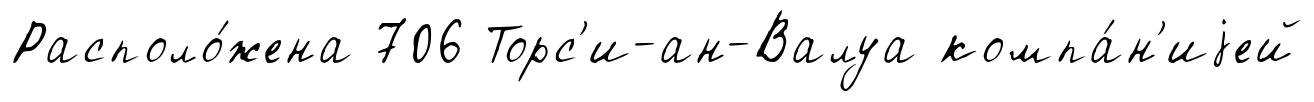
Располо́жена 706 Торс'и-ан-Валуа компа́н'иjей